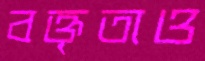
বক্তৃতাও